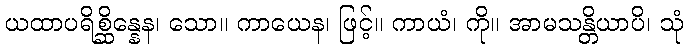
ယထာပရိစ္ဆိန္နေန၊ သော။ ကာယေန၊ ဖြင့်။ ကာယံ၊ ကို။ အာမသန္တိယာပိ၊ သုံ